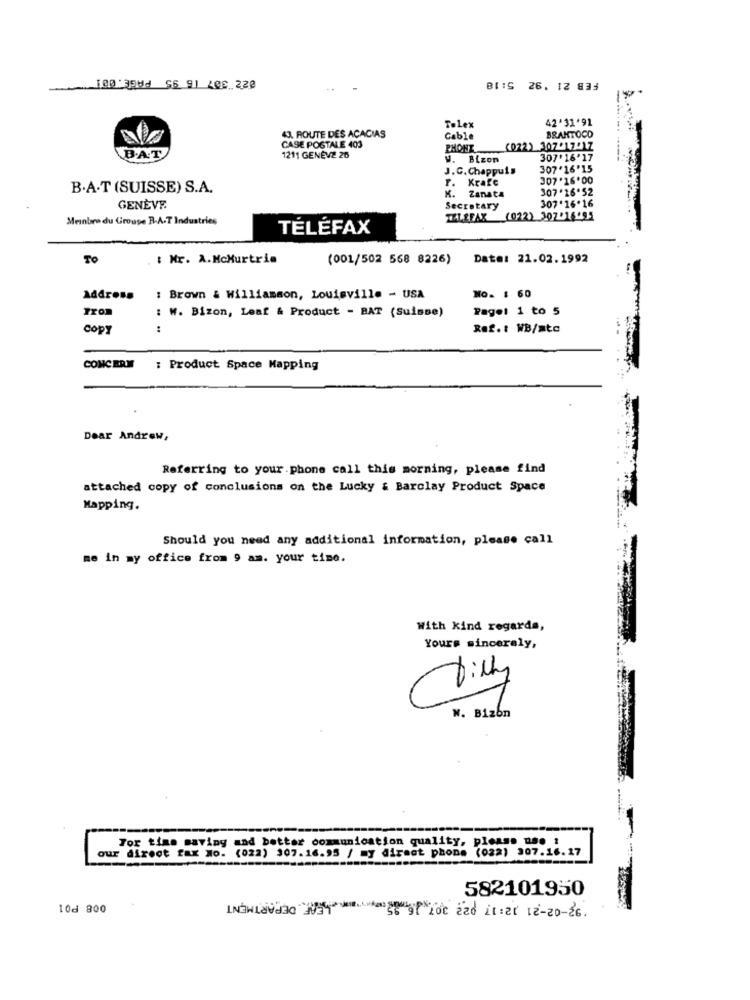
100:39Md 56 91 208.222
BI:S 26. 12 833
42'31'91
43. ROUTE DES ACACIAS
Tolex
Cable
BRAKTOCO
CASE POSTALE 403
PHONE
(022) 307 17:17
B.A.T
1211 GENÈVE 26
V. Bizon
307'16'17
J.C.Chappuis
307'16'15
F. Krafc
307 '16.00
B.A.T (SUISSE) S.A.
307.16.52
K. Zanata
GENÈVE
Secretary
307'16.16
Meinbra du Groupe R-A-T Industries
TELEFAX (022) 307.16.95
TELEFAX
To
: Mr. A.McMurtria
(001/502 568 8226)
Date: 21.02.1992
Address
: Brown & Williamson, Louisville - USA
NO. : 60
: W. Bizon, Leaf & Product - BAT (Suisse)
Pagel 1 to 5
Copy
:
Ref .: WB/atc
CONCERN
: Product Space Mapping
Dear Andrew,
Referring to your phone call this morning, please find
attached copy of conclusions on the Lucky & Barclay Product Space
Mapping.
Should you need any additional information, please call
me in my office from 9 am. your time.
With kind regards,
Yours sincerely,
Tilly
N. Bizon
For time saving and better communication quality, pleass nas !
our direct fax No. (022) 307.16.95 / my direct phone (022) 307.16.17
582101950
008 P01
INŚWLaVaGG *** * of Loc 220 11:21 12-20-26.